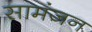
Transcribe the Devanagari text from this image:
सामंजन